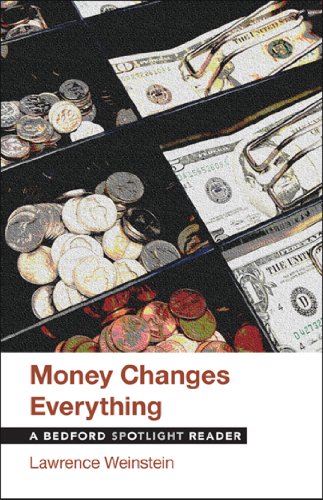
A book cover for Money Changes Everything: A Bedford Spotlight Reader; Lawrence Weinstein; Business & Money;